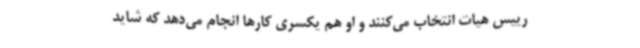
رییس هیات انتخاب می‌کنند و او هم یکسری کارها انجام می‌دهد که شاید